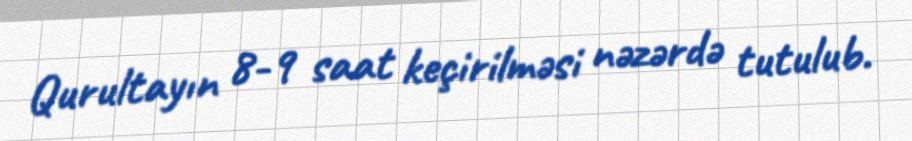
Qurultayın 8-9 saat keçirilməsi nəzərdə tutulub.